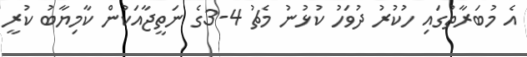
އެ މުބަރާތުގައި ހުކުރު ދުވަހު ކުޅުނު މެޗު 4-3ގެ ނަތީޖާއަކުން ކާމިޔާބު ކުރީ